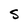
Character: S